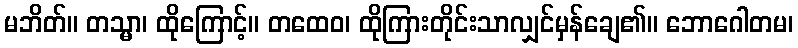
မဘိတ်။ တသ္မာ၊ ထိုကြောင့်။ တထေဝ၊ ထိုကြားတိုင်းသာလျှင်မှန်ချေ၏။ ဘောဂေါတမ၊